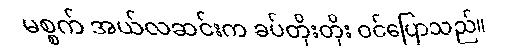
မစ္စက် အယ်လဆင်းက ခပ်တိုးတိုး ဝင်ပြောသည်။